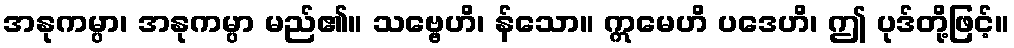
အနုကမ္ပာ၊ အနုကမ္ပာ မည်၏။ သဗ္ဗေဟိ၊ န်သော။ ဣမေဟိ ပဒေဟိ၊ ဤ ပုဒ်တို့ဖြင့်။